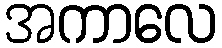
အကာလေ